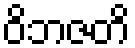
ဝိဘဇတိ